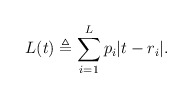
\begin{align*} L(t) \triangleq \sum_{i=1}^L p_i|t-r_i|.\end{align*}